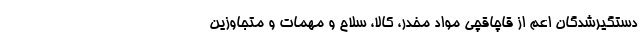
دستگیرشدگان اعم از قاچاقچی مواد مخدر، کالا، سلاح و مهمات و متجاوزین